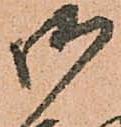
御